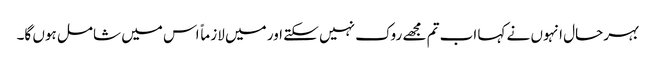
بہرحال انہوں نے کہا اب تم مجھے روک نہیں سکتے اور میں لازماً اس میں شامل ہوں گا۔